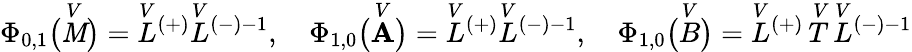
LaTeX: \Phi_{0,1}\bigl(\overset{V}{\mathit{M}}\bigr)=\overset{V}{L}{^{(+)}}\overset{V}{L}{^{(-)-1}},\quad\Phi_{1,0}\bigl(\overset{V}{\mathbf{A}}\bigr)=\overset{V}{L}{^{(+)}}\overset{V}{L}{^{(-)-1}},\quad\Phi_{1,0}\bigl(\overset{V}{B}\bigr)=\overset{V}{L}{^{(+)}}\, \overset{V}{T}\, \overset{V}{L}{^{(-)-1}}